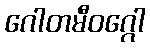
ဂေါတမီဝဂ္ဂေါ